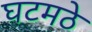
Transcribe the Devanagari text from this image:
घटमठे